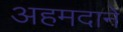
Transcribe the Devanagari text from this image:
अहमदाने